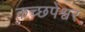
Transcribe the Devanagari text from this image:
कच्छपेश्वर